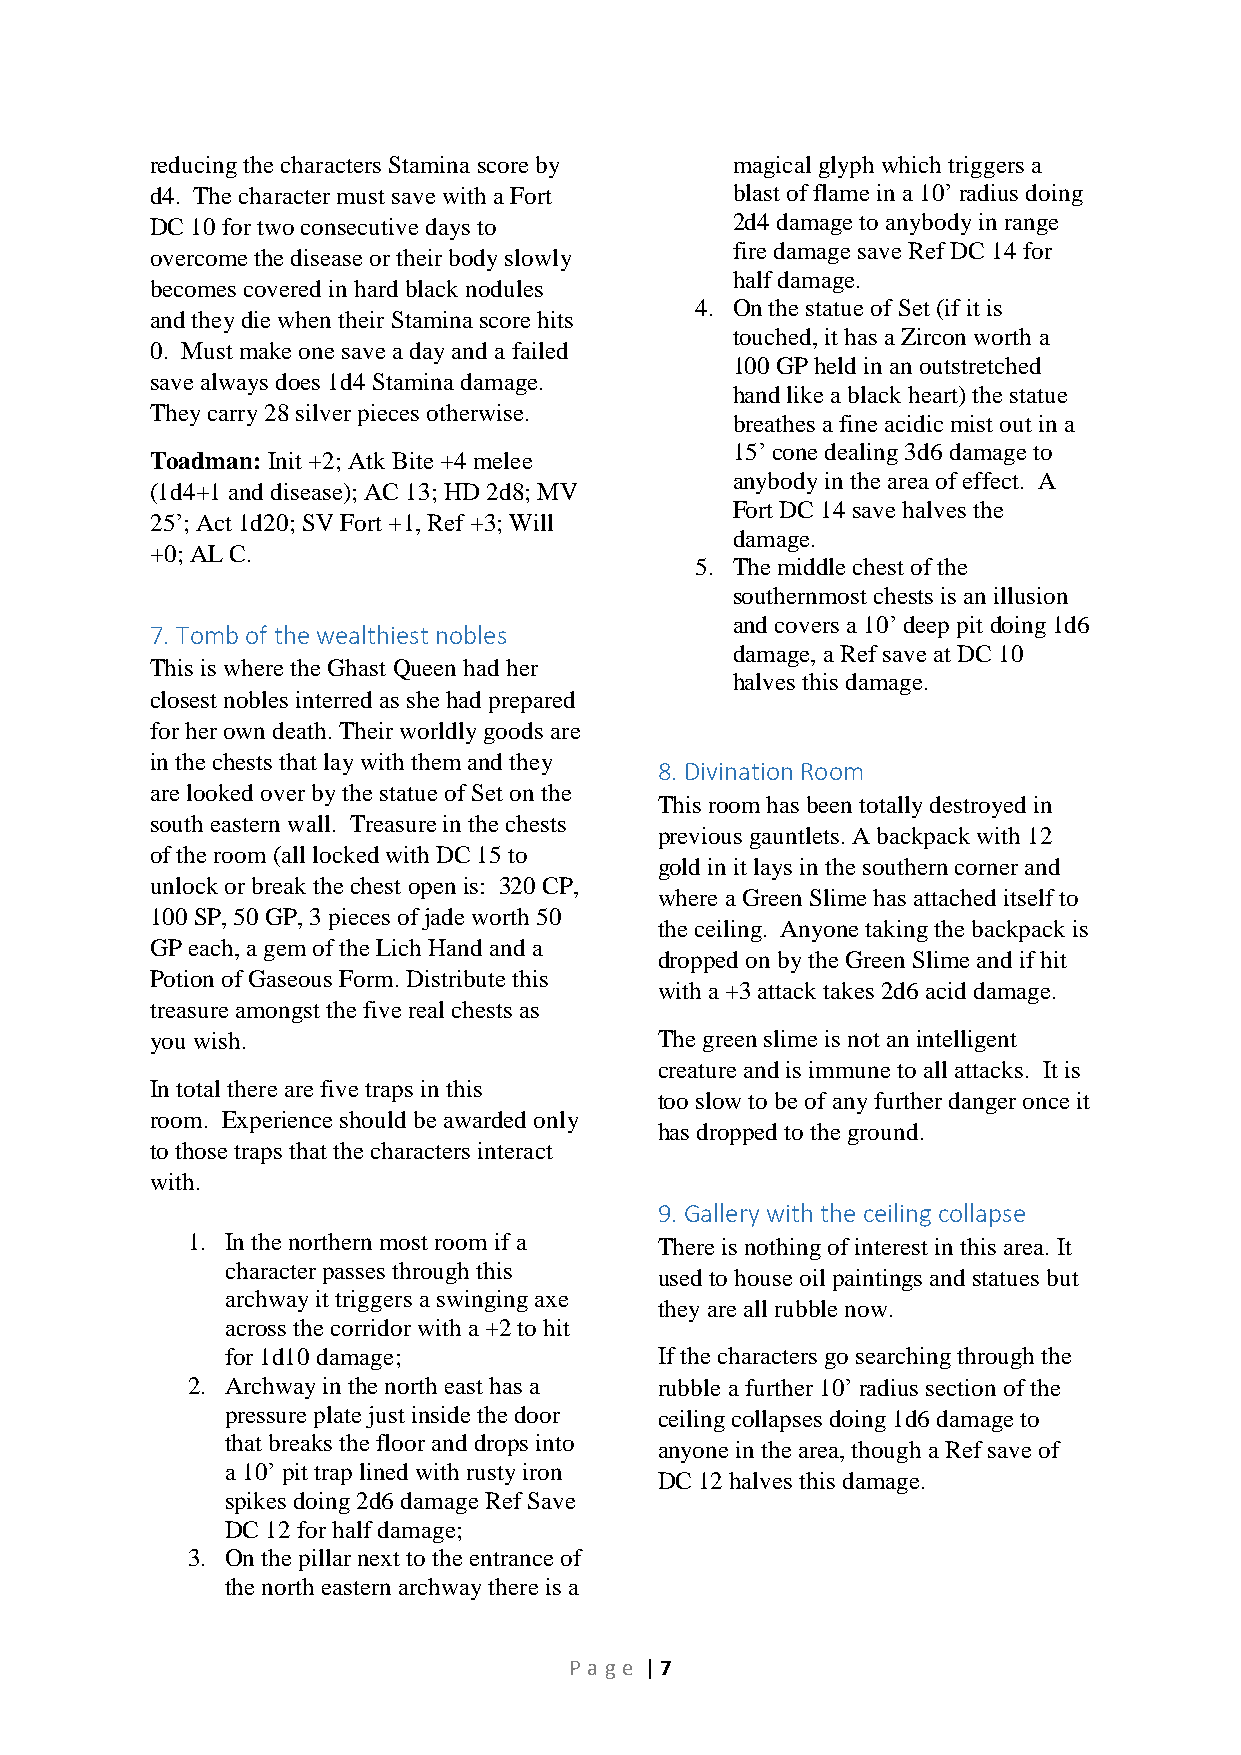
reducing the characters Stamina score by magical glyph which triggers a
 d4. The character must save with a Fort blast of flame in a 10’ radius doing
 DC 10 for two consecutive days to     2d4 damage to anybody in range
 fire damage save Ref DC 14 for
 overcome the disease or their body slowly
 half damage.
 becomes covered in hard black nodules
 4. On the statue of Set (if it is
 and they die when their Stamina score hits
 touched, it has a Zircon worth a
 0. Must make one save a day and a failed
 100 GP held in an outstretched
 save always does 1d4 Stamina damage.
 hand like a black heart) the statue
 They carry 28 silver pieces otherwise.
 breathes a fine acidic mist out in a
 15’ cone dealing 3d6 damage to
 Toadman: Init +2; Atk Bite +4 melee
 anybody in the area of effect. A
 (1d4+1 and disease); AC 13; HD 2d8; MV
 Fort DC 14 save halves the
 25’; Act 1d20; SV Fort +1, Ref +3; Will
 damage.
 +0; AL C.
 5. The middle chest of the
 southernmost chests is an illusion
 and covers a 10’ deep pit doing 1d6
 7. Tomb of the wealthiest nobles
 damage, a Ref save at DC 10
 This is where the Ghast Queen had her
 halves this damage.
 closest nobles interred as she had prepared
 for her own death. Their worldly goods are
 in the chests that lay with them and they
 8. Divination Room
 are looked over by the statue of Set on the
 This room has been totally destroyed in
 south eastern wall. Treasure in the chests
 previous gauntlets. A backpack with 12
 of the room (all locked with DC 15 to
 gold in it lays in the southern corner and
 unlock or break the chest open is: 320 CP,
 where a Green Slime has attached itself to
 100 SP, 50 GP, 3 pieces of jade worth 50
 the ceiling. Anyone taking the backpack is
 GP each, a gem of the Lich Hand and a
 dropped on by the Green Slime and if hit
 Potion of Gaseous Form. Distribute this
 with a +3 attack takes 2d6 acid damage.
 treasure amongst the five real chests as
 you wish.                         The green slime is not an intelligent
 creature and is immune to all attacks. It is
 In total there are five traps in this
 too slow to be of any further danger once it
 room. Experience should be awarded only
 has dropped to the ground.
 to those traps that the characters interact
 with.
 9. Gallery with the ceiling collapse
 1. In the northern most room if a There is nothing of interest in this area. It
 character passes through this
 used to house oil paintings and statues but
 archway it triggers a swinging axe
 they are all rubble now.
 across the corridor with a +2 to hit
 for 1d10 damage;             If the characters go searching through the
 2. Archway in the north east has a rubble a further 10’ radius section of the
 pressure plate just inside the door ceiling collapses doing 1d6 damage to
 that breaks the floor and drops into
 anyone in the area, though a Ref save of
 a 10’ pit trap lined with rusty iron
 DC 12 halves this damage.
 spikes doing 2d6 damage Ref Save
 DC 12 for half damage;
 3. On the pillar next to the entrance of
 the north eastern archway there is a
 P age | 7